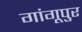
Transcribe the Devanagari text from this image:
गांगूपुर